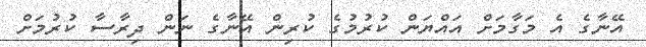
އޭނާގެ އެ މަގާމަށް އައްޔަން ކުރުމުގެ ކުރިން އޭނާގެ ނަން ދިރާސާ ކުރުމަށް